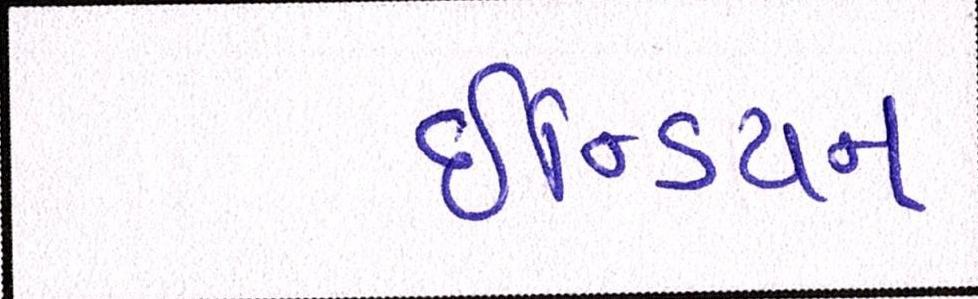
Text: ઇન્ડિયન